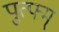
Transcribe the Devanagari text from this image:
पुत्फ्म्